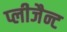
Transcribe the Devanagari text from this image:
प्लीजैन्ट